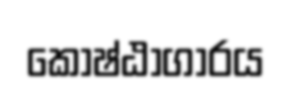
කෝෂ්ඨාගාරය